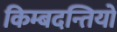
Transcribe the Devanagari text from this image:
किम्बदन्तियों